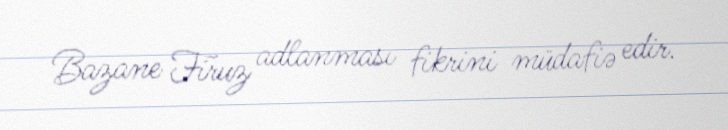
Bazane Firuz adlanması fikrini müdafiə edir.